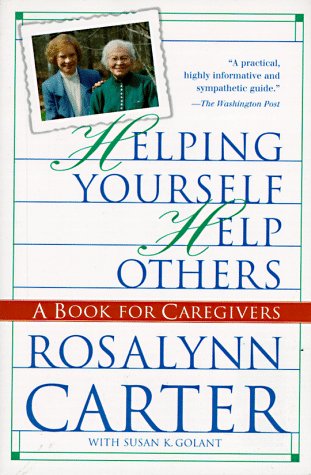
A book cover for Helping Yourself Help Others: A Book for Caregivers; Rosalynn Carter; Medical Books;